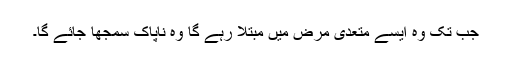
جب تک وہ ایسے متعدی مرض میں مبتلا رہے گا وہ ناپاک سمجھا جائے گا۔